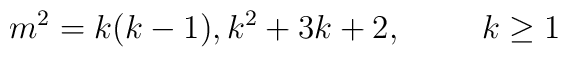
m^2 = k(k-1), k^2+3k+2, \hspace{1cm} k \geq 1